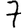
Digit: 7